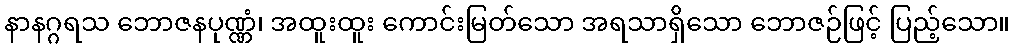
နာနဂ္ဂရသ ဘောဇနပုဏ္ဏံ၊ အထူးထူး ကောင်းမြတ်သော အရသာရှိသော ဘောဇဉ်ဖြင့် ပြည့်သော။